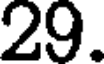
29.